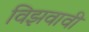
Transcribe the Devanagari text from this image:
विझवावी